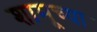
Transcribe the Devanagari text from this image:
शामूच्या